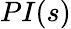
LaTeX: PI(s)